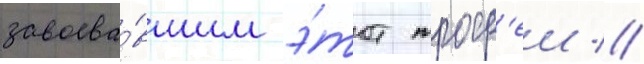
завоева́вшим э́тот троф'еи //